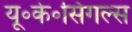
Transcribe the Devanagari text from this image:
यू॰के॰सिंगल्स